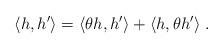
LaTeX: \begin{align*}\langle h, h' \rangle = \langle \theta h , h' \rangle + \langle h , \theta h' \rangle \; .\end{align*}